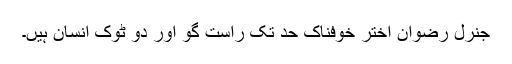
جنرل رضوان اختر خوفناک حد تک راست گو اور دو ٹوک انسان ہیں۔